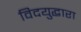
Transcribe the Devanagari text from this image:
विदयुद्धारा